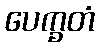
ပေက္ခတံ